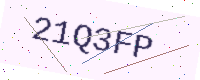
Text: 21Q3FP